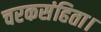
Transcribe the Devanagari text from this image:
चरकसंहिता।